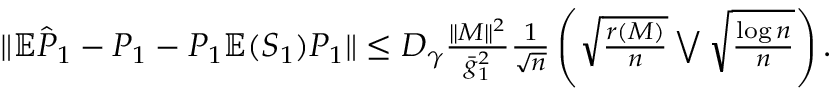
\begin{array} { r } { \| \mathbb { E } \hat { { \cal P } } _ { 1 } - { \cal P } _ { 1 } - { \cal P } _ { 1 } \mathbb { E } ( { \cal S } _ { 1 } ) { \cal P } _ { 1 } \| \le D _ { \gamma } \frac { \| M \| ^ { 2 } } { \bar { g } _ { 1 } ^ { 2 } } \frac { 1 } { \sqrt { n } } \left( \sqrt { \frac { r ( M ) } { n } } \bigvee \sqrt { \frac { \log n } { n } } \right) . } \end{array}